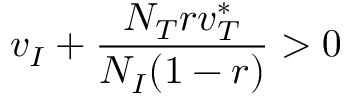
v _ { I } + \frac { N _ { T } r v _ { T } ^ { * } } { N _ { I } ( 1 - r ) } > 0